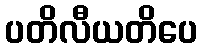
ပတိလီယတိပေ